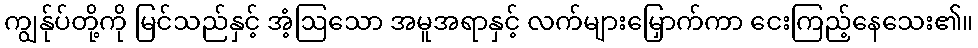
ကျွန်ုပ်တို့ကို မြင်သည်နှင့် အံ့ဩသော အမူအရာနှင့် လက်များမြှောက်ကာ ငေးကြည့်နေသေး၏။